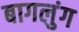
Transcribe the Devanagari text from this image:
बागलुंग